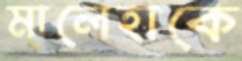
মালেহাকে